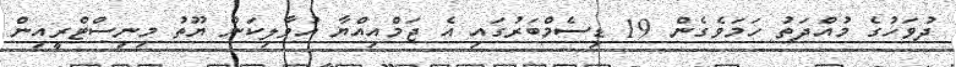
ދުވަހުގެ މުއްދަތު ހަމަވެގެން 19 ޑިސެމްބަރުގައި އެ ޖަމްއިއްޔާ އުވާލިކަން ޔޫތު މިނިސްޓްރީއިން